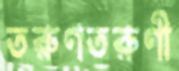
তরুণতরুণী